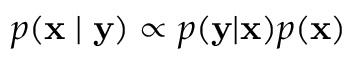
p ( \mathbf { x } \mid \mathbf { y } ) \propto p ( \mathbf { y } | \mathbf { x } ) p ( \mathbf { x } )